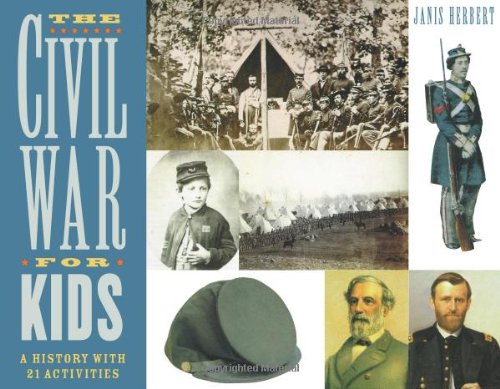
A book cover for The Civil War for Kids: A History with 21 Activities (For Kids series); Janis Herbert; Children's Books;